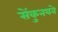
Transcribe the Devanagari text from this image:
सेंकुनयने